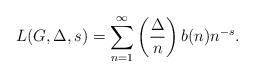
LaTeX: \begin{align*} L(G,\Delta,s)=\sum_{n=1}^\infty \left(\frac{\Delta}{n}\right)b(n)n^{-s}.\end{align*}